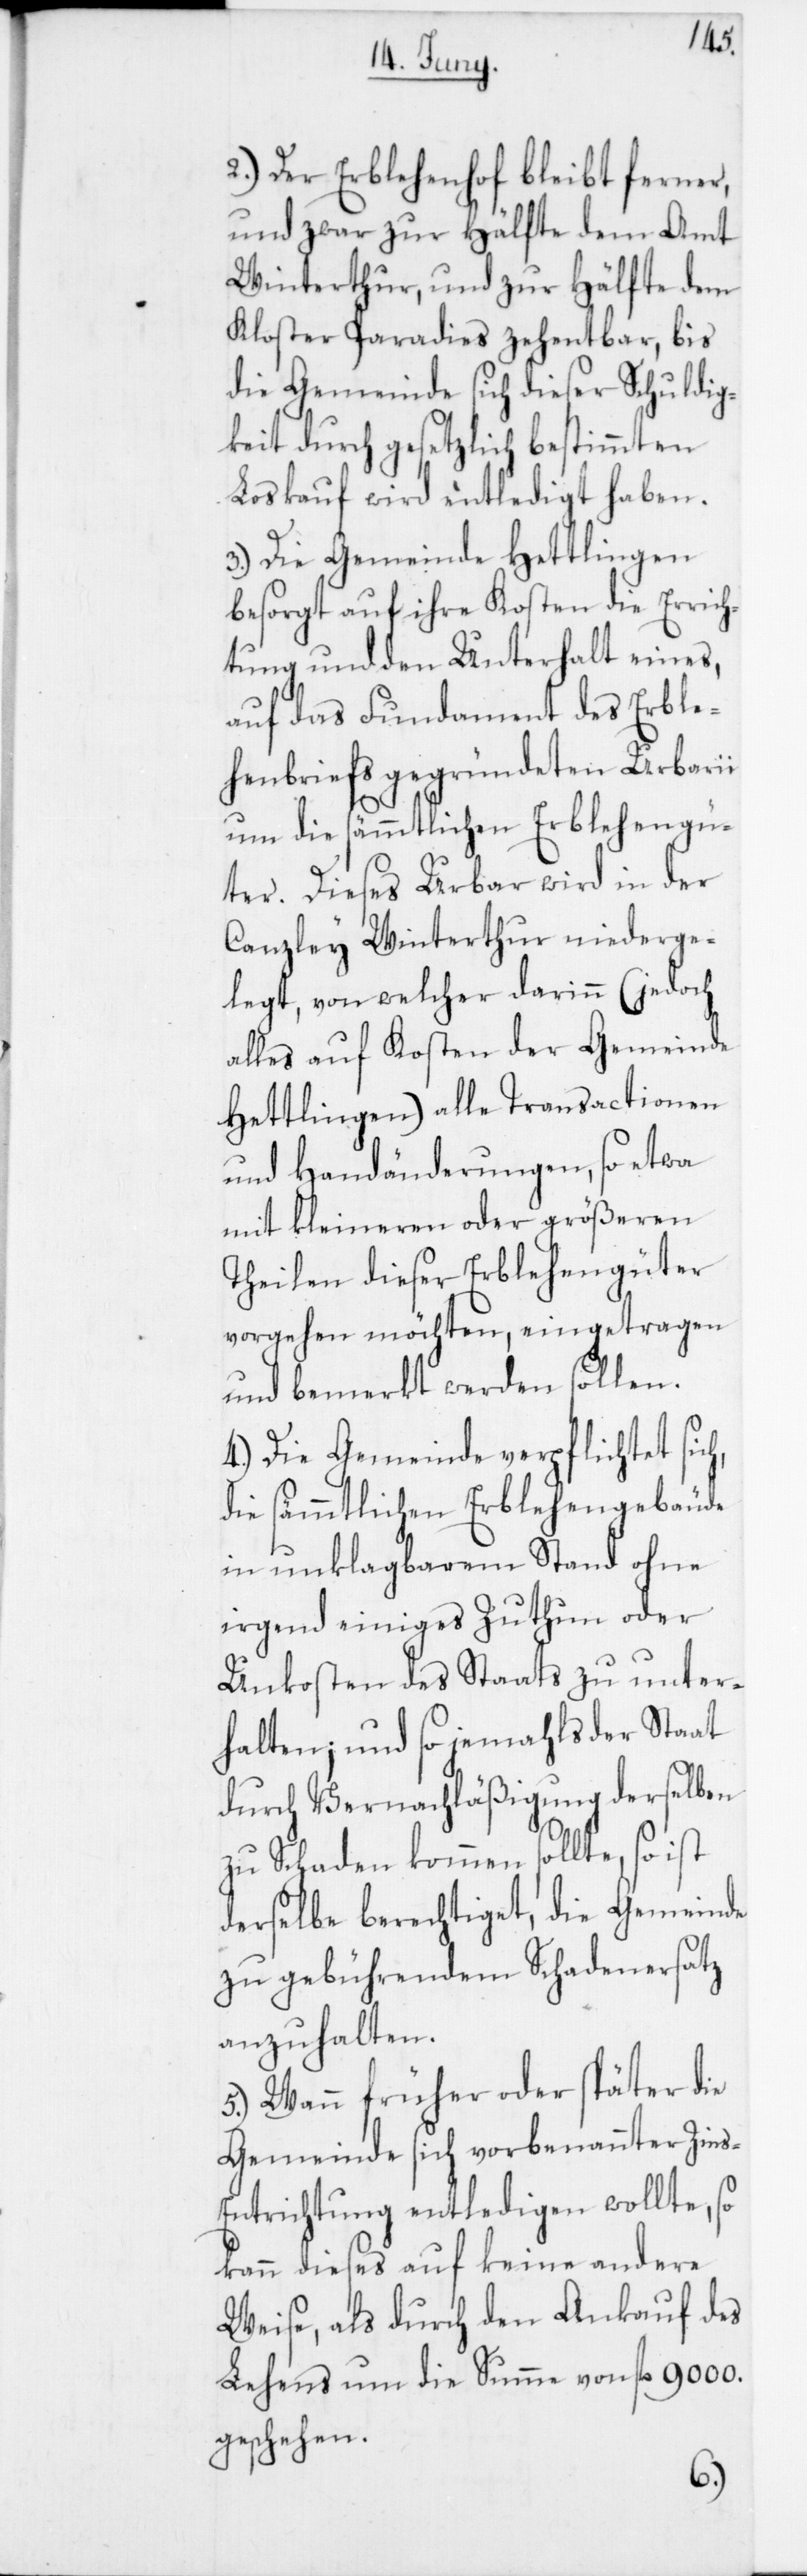
2. Der Erblehenhof bleibt ferner,
und zwar zur Hälfte dem Amt
Winterthur, und zur Hälfte dem
Kloster Paradies zehentbar, bis
die Gemeinde sich dieser Schuldig¬
keit durch gesetzlich bestimmten
Loskauf wird entledigt haben.
3. Die Gemeinde Hettlingen
besorgt auf ihre Kosten die Errich¬
tung und den Unterhalt eines,
auf das Fundament des Erble¬
henbriefs gegründeten Urbari¬
um die sämmtlichen Erbelehengü¬
ter. Dieses Urbar wird in der
Canzley Winterthur niederge¬
legt, von welcher darinn (jedoch
alles auf Kosten der Gemeinde
Hettlingen) alle Transactionen
und Handänderungen, so etwa
mit kleineren oder größeren
Theilen dieser Erbelehengüter
vorgehen möchten, eingetragen
und bemerkt werden sollen.
4. Die Gemeinde verpflichtet sich,
die sämmtlichen Erblehengebäude
in unklagbarem Stand ohne
irgend einiges Zuthun oder
Unkosten des Staats zu unter¬
halten, und so jemahls der Staat
durch Vernachläßigung derselben
zu Schaden kommen sollte, so ist
derselbe berechtiget, die Gemeinde
zu gebührendem Schadenersatz
anzuhalten.
5. Wann früher oder später die
Gemeinde sich vorbenannter Zins-E¬
ntrichtung entledigen wollte, so
kann dieses auf keine andere
Weise, als durch den Ankauf des
Lehens um die Summe von fl. 9000.
geschehen.
i,